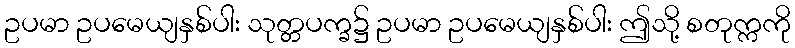
ဥပမာ ဥပမေယျနှစ်ပါး သုတ္တပက္ခ၌ ဥပမာ ဥပမေယျနှစ်ပါး ဤသို့ စတုက္ကကို